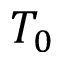
T _ { 0 }